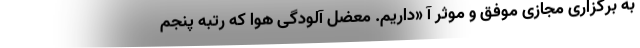
به برگزاری مجازی موفق و موثر آ «داریم. معضل آلودگی هوا که رتبه پنجم